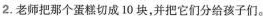
2.老师把那个蛋糕切成10块，并把它们分给孩子们。